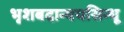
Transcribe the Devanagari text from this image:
भृशबदान्वयसिन्धू